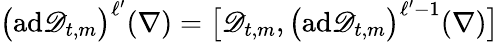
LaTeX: \bigl(\mathrm{ad}\mathscr{D}_{t,m}\bigr)^{\ell^{\prime}}(\nabla)=\bigl[\mathscr{D}_{t,m},\bigl(\mathrm{ad}\mathscr{D}_{t,m}\bigr)^{\ell^{\prime}-1}(\nabla)\bigr]